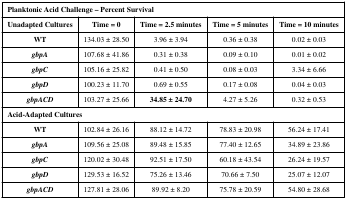
| <COLSPAN=5> Planktonic Acid Challenge – Percent Survival |
 | Unadapted Cultures | Time = 0 | Time = 2.5 minutes | Time = 5 minutes | Time = 10 minutes |
 | --- | --- | --- | --- | --- |
 | WT | 134.03 ± 28.50 | 3.96 ± 3.94 | 0.36 ± 0.38 | 0.02 ± 0.03 |
 | gbpA | 107.68 ± 41.86 | 0.31 ± 0.38 | 0.09 ± 0.10 | 0.01 ± 0.02 |
 | gbpC | 105.16 ± 25.82 | 0.41 ± 0.50 | 0.08 ± 0.03 | 3.34 ± 6.66 |
 | gbpD | 100.23 ± 11.70 | 0.69 ± 0.55 | 0.17 ± 0.08 | 0.04 ± 0.03 |
 | gbpACD | 103.27 ± 25.66 | 34.85 ± 24.70 | 4.27 ± 5.26 | 0.32 ± 0.53 |
 | <COLSPAN=5> Acid-Adapted Cultures |
 | WT | 102.84 ± 26.16 | 88.12 ± 14.72 | 78.83 ± 20.98 | 56.24 ± 17.41 |
 | gbpA | 109.56 ± 25.08 | 89.48 ± 15.85 | 77.40 ± 12.65 | 34.89 ± 23.86 |
 | gbpC | 120.02 ± 30.48 | 92.51 ± 17.50 | 60.18 ± 43.54 | 26.24 ± 19.57 |
 | gbpD | 129.53 ± 16.52 | 75.26 ± 13.46 | 70.66 ± 7.50 | 25.07 ± 12.07 |
 | gbpACD | 127.81 ± 28.06 | 89.92 ± 8.20 | 75.78 ± 20.59 | 54.80 ± 28.68 |